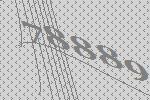
78889